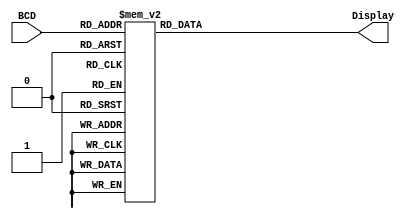
module Seven_Seg_Display (Display, BCD); 
output [6: 0] Display; 
input [3: 0] BCD; 
reg [6: 0] Display; 
                // abc_detg 
parameter BLANK =7'b111_1111; 	 
parameter ZERO = 7'b000_0001; 	// h01
parameter ONE =  7'b100_1111; 	// h4f
parameter TWO =  7'b001_0010; 	// h12
parameter THREE =7'b000_0110; 	// h06
parameter FOUR = 7'b100_1100;   // h4c
parameter FIVE = 7'b010_0100;   // h24
parameter SIX =  7'b010_0000; 	// h20
parameter SEVEN= 7'b000_1111; 	// hOf
parameter EIGHT =7'b000_0000; 	// hOO
parameter NINE = 7'b000_0100; 	// h04


always @ (BCD) 
case (BCD) 
0: Display = ZERO;
1: Display = ONE; 
2: Display = TWO; 
3: Display = THREE; 
4: Display = FOUR; 
5: Display = FIVE; 
6: Display = SIX; 
7: Display = SEVEN; 
8: Display = EIGHT; 
9: Display = NINE; 
default:Display = BLANK; 
endcase 
endmodule